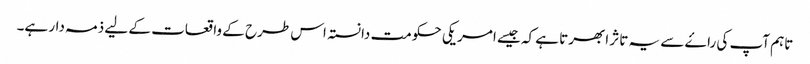
تاہم آپ کی راۓ سے یہ تاثر ابھرتا ہے کہ جیسے امریکی حکومت دانستہ اس طرح کے واقعات کے لیے ذمہ دار ہے۔